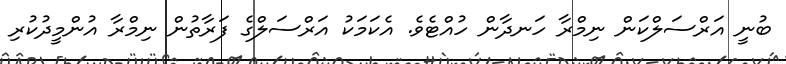
ބުނީ އަރްސަލްކަން ނިމްރާ ހަނދާން ހުއްޓެވެ. އެކަމަކު އަރްސަލްގެ ފަރާތުން ނިމްރާ އުންމީދުކުރި